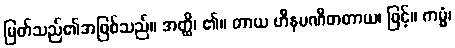
မြတ်သည်၏အဖြစ်သည်။ အတ္ထိ၊ ၏။ တာယ ဟီနပဏီတတာယ၊ ဖြင့်။ ကမ္မံ၊